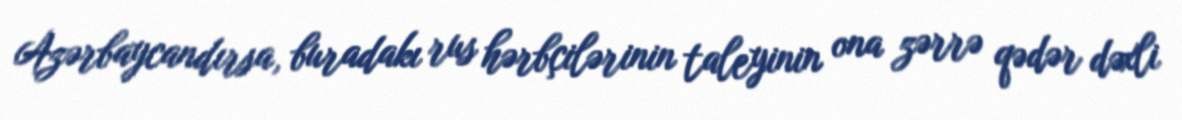
Azərbaycandırsa, buradakı rus hərbçilərinin taleyinin ona zərrə qədər dəxli